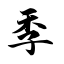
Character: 季